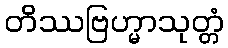
တိဿဗြဟ္မာသုတ္တံ